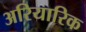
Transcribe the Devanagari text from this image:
अरियारिक